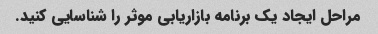
مراحل ایجاد یک برنامه بازاریابی موثر را شناسایی کنید.